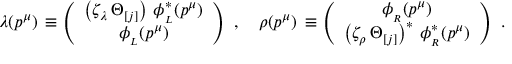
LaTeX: \lambda ( p ^ { \mu } ) \, \equiv \left( \begin{array} { c } { { \left( \zeta _ { \lambda } \, \Theta _ { [ j ] } \right) \, \phi _ { _ L } ^ { \ast } ( p ^ { \mu } ) } } \\ { { \phi _ { _ L } ( p ^ { \mu } ) } } \end{array} \right) \, \, , \quad \rho ( p ^ { \mu } ) \, \equiv \left( \begin{array} { c } { { \phi _ { _ R } ( p ^ { \mu } ) } } \\ { { \left( \zeta _ { \rho } \, \Theta _ { [ j ] } \right) ^ { \ast } \, \phi _ { _ R } ^ { \ast } ( p ^ { \mu } ) } } \end{array} \right) \, \, .